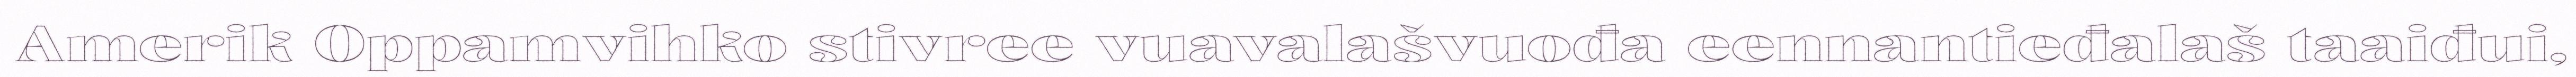
Amerik Oppamvihko stivree vuavalašvuođa eennantieđalaš taaiđui,